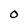
Character: O